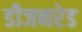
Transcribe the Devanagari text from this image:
डीजनरेड